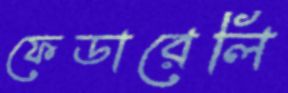
ফেডারেলি